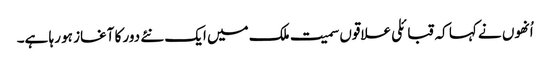
اُنھوں نے کہا کہ قبائلی علاقوں سمیت ملک میں ایک نئے دور کا آغاز ہو رہا ہے۔